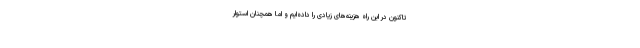
تاکنون در این راه هزینه‌های زیادی را داده‌ایم و اما همچنان استوار